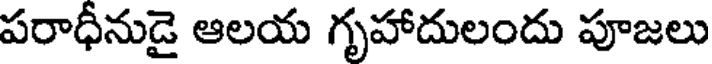
పరాధీనుడై ఆలయ గృహాదులందు పూజలు